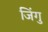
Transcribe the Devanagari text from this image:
जिंगु